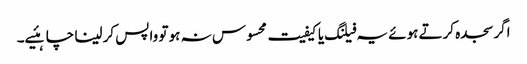
اگر سجدہ کرتے ہوئے یہ فیلنگ یا کیفیت محسوس نہ ہو تو واپس کر لینا چاہئیے۔